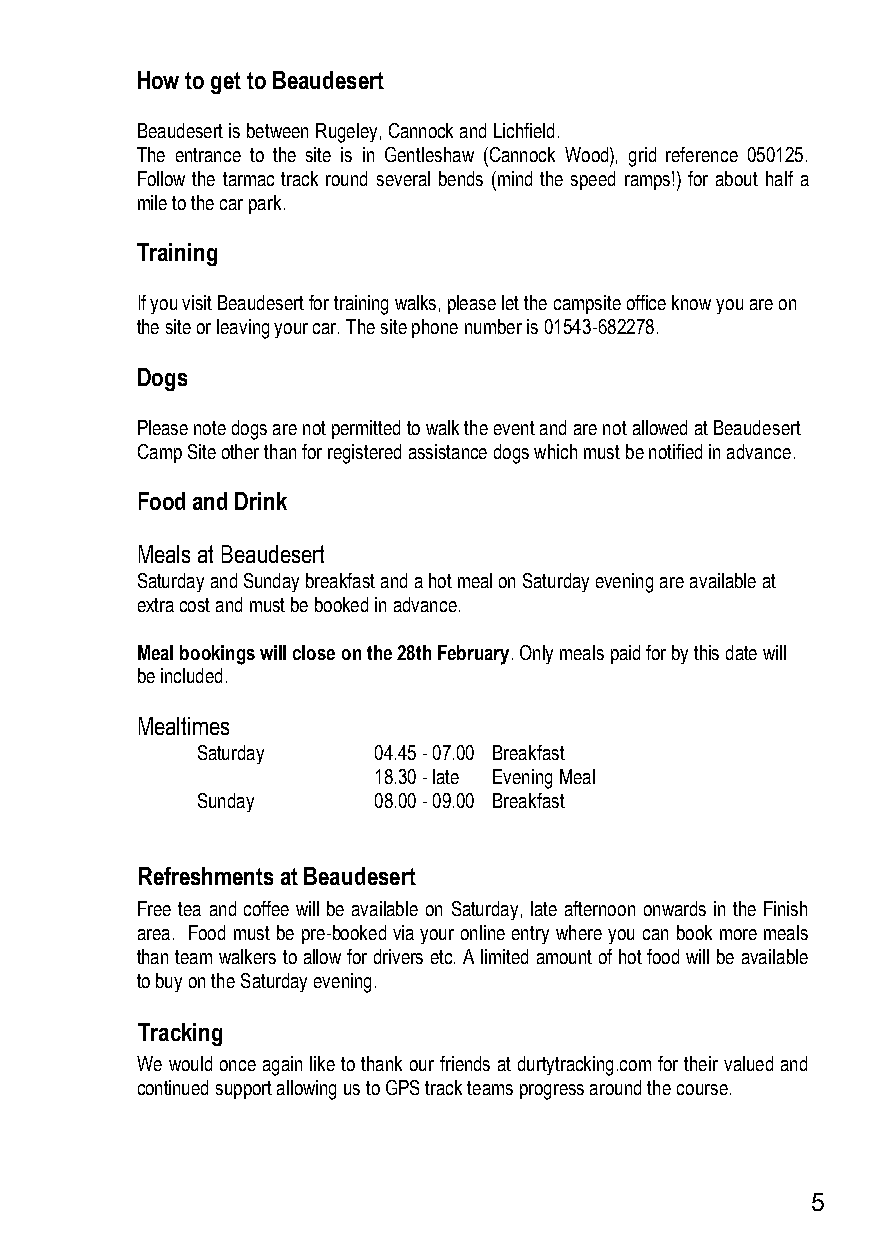
How to get to Beaudesert
 Beaudesert is between Rugeley, Cannock and Lichfield.
 The entrance to the site is in Gentleshaw (Cannock Wood), grid reference 050125.
 Follow the tarmac track round several bends (mind the speed ramps!) for about half a
 mile to the car park.
 Training
 If you visit Beaudesert for training walks, please let the campsite office know you are on
 the site or leaving your car. The site phone number is 01543-682278.
 Dogs
 Please note dogs are not permitted to walk the event and are not allowed at Beaudesert
 Camp Site other than for registered assistance dogs which must be notified in advance.
 Food and Drink
 Meals at Beaudesert
 Saturday and Sunday breakfast and a hot meal on Saturday evening are available at
 extra cost and must be booked in advance.
 Meal bookings will close on the 28th February. Only meals paid for by this date will
 be included.
 Mealtimes
 Saturday    04.45 - 07.00 Breakfast
 18.30 - late Evening Meal
 Sunday      08.00 - 09.00 Breakfast
 Refreshments at Beaudesert
 Free tea and coffee will be available on Saturday, late afternoon onwards in the Finish
 area. Food must be pre-booked via your online entry where you can book more meals
 than team walkers to allow for drivers etc. A limited amount of hot food will be available
 to buy on the Saturday evening.
 Tracking
 We would once again like to thank our friends at durtytracking.com for their valued and
 continued support allowing us to GPS track teams progress around the course.
 5